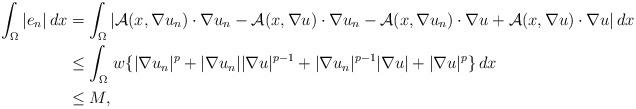
LaTeX: \begin{align*}\int_{\Omega}|e_n|\,dx&=\int_{\Omega}|\mathcal{A}(x,\nabla u_n)\cdot\nabla u_n-\mathcal{A}(x,\nabla u)\cdot\nabla u_n-\mathcal{A}(x,\nabla u_n)\cdot\nabla u+\mathcal{A}(x,\nabla u)\cdot\nabla u|\,dx\\&\leq\int_{\Omega}\,w\{|\nabla u_n|^p+|\nabla u_n||\nabla u|^{p-1}+|\nabla u_n|^{p-1}|\nabla u|+|\nabla u|^p\}\,dx\\&\leq M,\end{align*}